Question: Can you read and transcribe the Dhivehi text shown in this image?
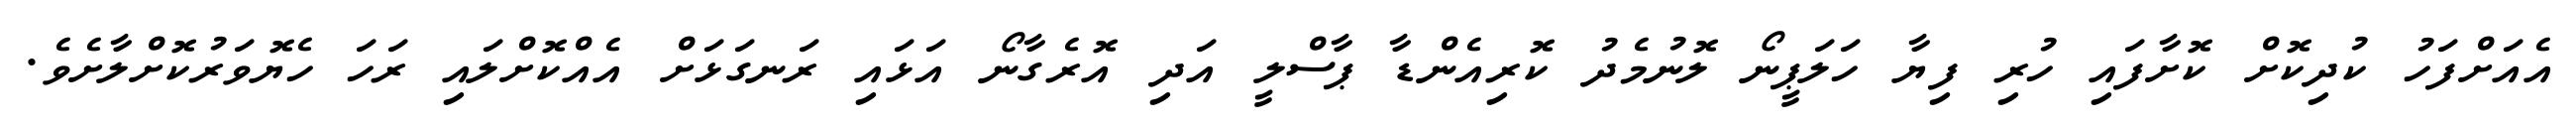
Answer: އެއަށްފަހު ކުދިކޮށް ކޮށާފައި ހުރި ފިޔާ ހަލަޕީނޯ ލޮނުމެދު ކޮރިއެންޑާ ޕާސްލީ އަދި އޮރެގާނޯ އަޅައި ރަނގަޅަށް އެއްކޮށްލައި ރަހަ ހެޔޮވަރުކޮށްލާށެވެ.